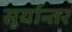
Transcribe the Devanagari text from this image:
सूर्यान्तर